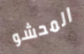
المحشو